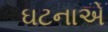
ઘટનાએ